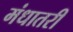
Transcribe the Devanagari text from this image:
मंधातरी